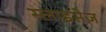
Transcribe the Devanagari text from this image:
स्लाइसेज़